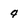
Character: 4